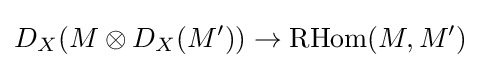
D_{X}(M\otimes D_{X}(M'))\to \operatorname {RHom} (M,M')